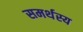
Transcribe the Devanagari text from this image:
समर्थस्य